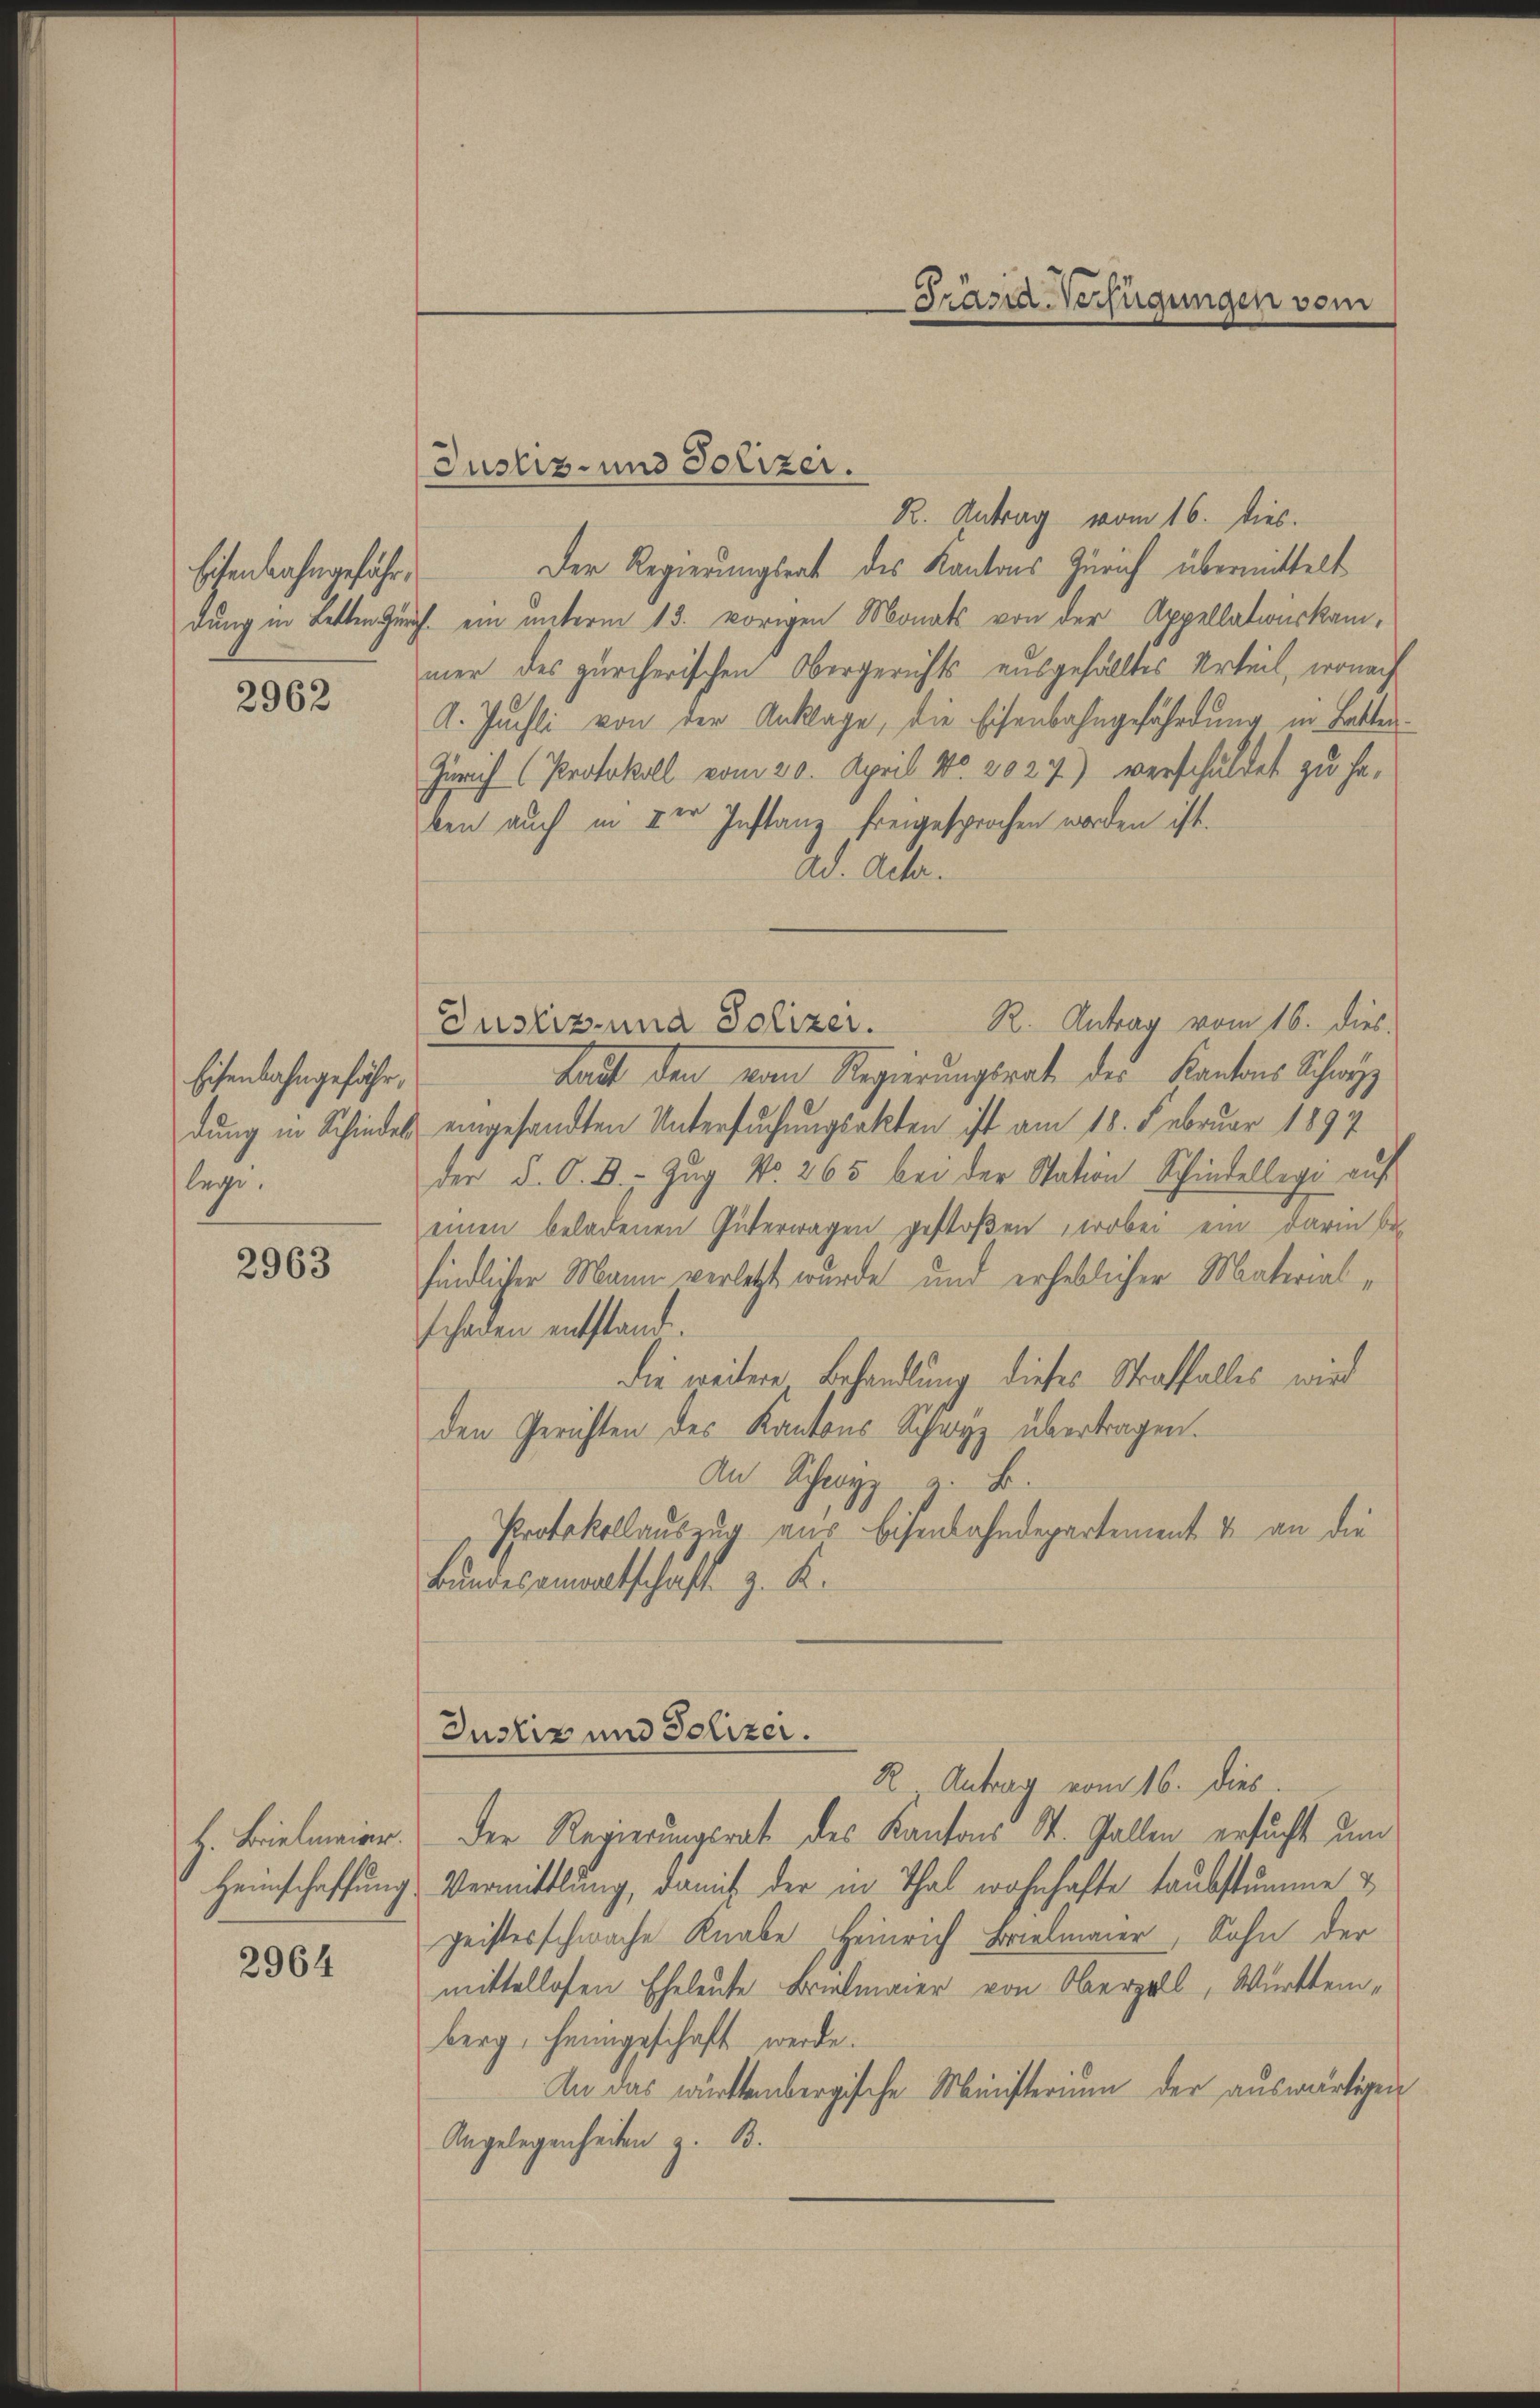
Eisenbahngeführ

2962

Eisenbahngefähr,
dung in Schindes
lege.

2963

H. Brielmainer.
Heimschaffung

2964

R. Antrag vom 16. dies.
Der Regierungsrat des Kantons Zürich übermittelt
dung in Betten Zürch. ein unterm 13. vorigen Monats von der Appellationskammer des zürcherischen Obergerichts ausgefälltes Urteil, wonach
A. Puchli von der Anklage, die Eisenbahngefährdung in Batten¬
Zürich Protokoll vom 20. April No. 2027) verschuldet zu haben auch in der Instanz freigesprochen worden ist.
ad. Acta.
R. Antrag vom 16. dies.
Justiz und Polizei.
kait den von Regierungsrat des Kantons Schwyz
eingesandten Untersuchungsakten ist am 18. Februar 1894
der d. O. B., Zug No. 265 bei der Station Schindellege auf
einen beladenen Güterwagen gestoßen, wobei ein darin be-
findlicher Mann verletzt wurde und erheblicher Materialschaden entstand.
die weitere Behandlung dieses Straffalles wird
den Gerichten des Kantons Schwyz übertragen.
An Schwyz z. B.
Protokollauszug aus Eisenbahndepartement & an die
Bundesanwaltschaft z. K.
Justiz und Polizer.
R. Antrag vom 16. dies
Der Regierungsrat des Kantons St. Gallen ersucht um
Vermittlung, damit der in Thal wohnhafte taubstumme &
geisterschwache Knabe Heinrich Bielmaier, Sohn der
mittellosen Eheleute Brückmaier von Oberpall, Württemberg, heimgeschaft werde.
An das württembergische Ministerium der auswärtigen
Angelegenheiten z. B.

Justiz- und Polizei.

Pränd-Verfügungen vom